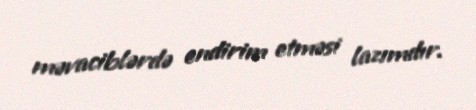
məvaciblərdə endirim etməsi lazımdır.